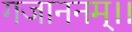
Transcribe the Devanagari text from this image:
गजाननम्।।